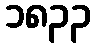
၁၈၃၃